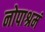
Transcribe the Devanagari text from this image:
नोपाश्रमं